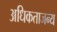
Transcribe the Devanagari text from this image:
अधिकताजन्य